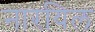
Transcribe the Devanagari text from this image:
नारयिल